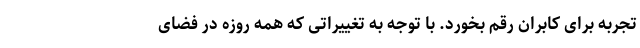
تجربه برای کابران رقم بخورد. با توجه به تغییراتی که همه روزه در فضای